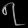
Digit: ၇